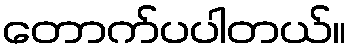
တောက်ပပါတယ်။